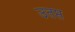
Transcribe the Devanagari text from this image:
उतप्त